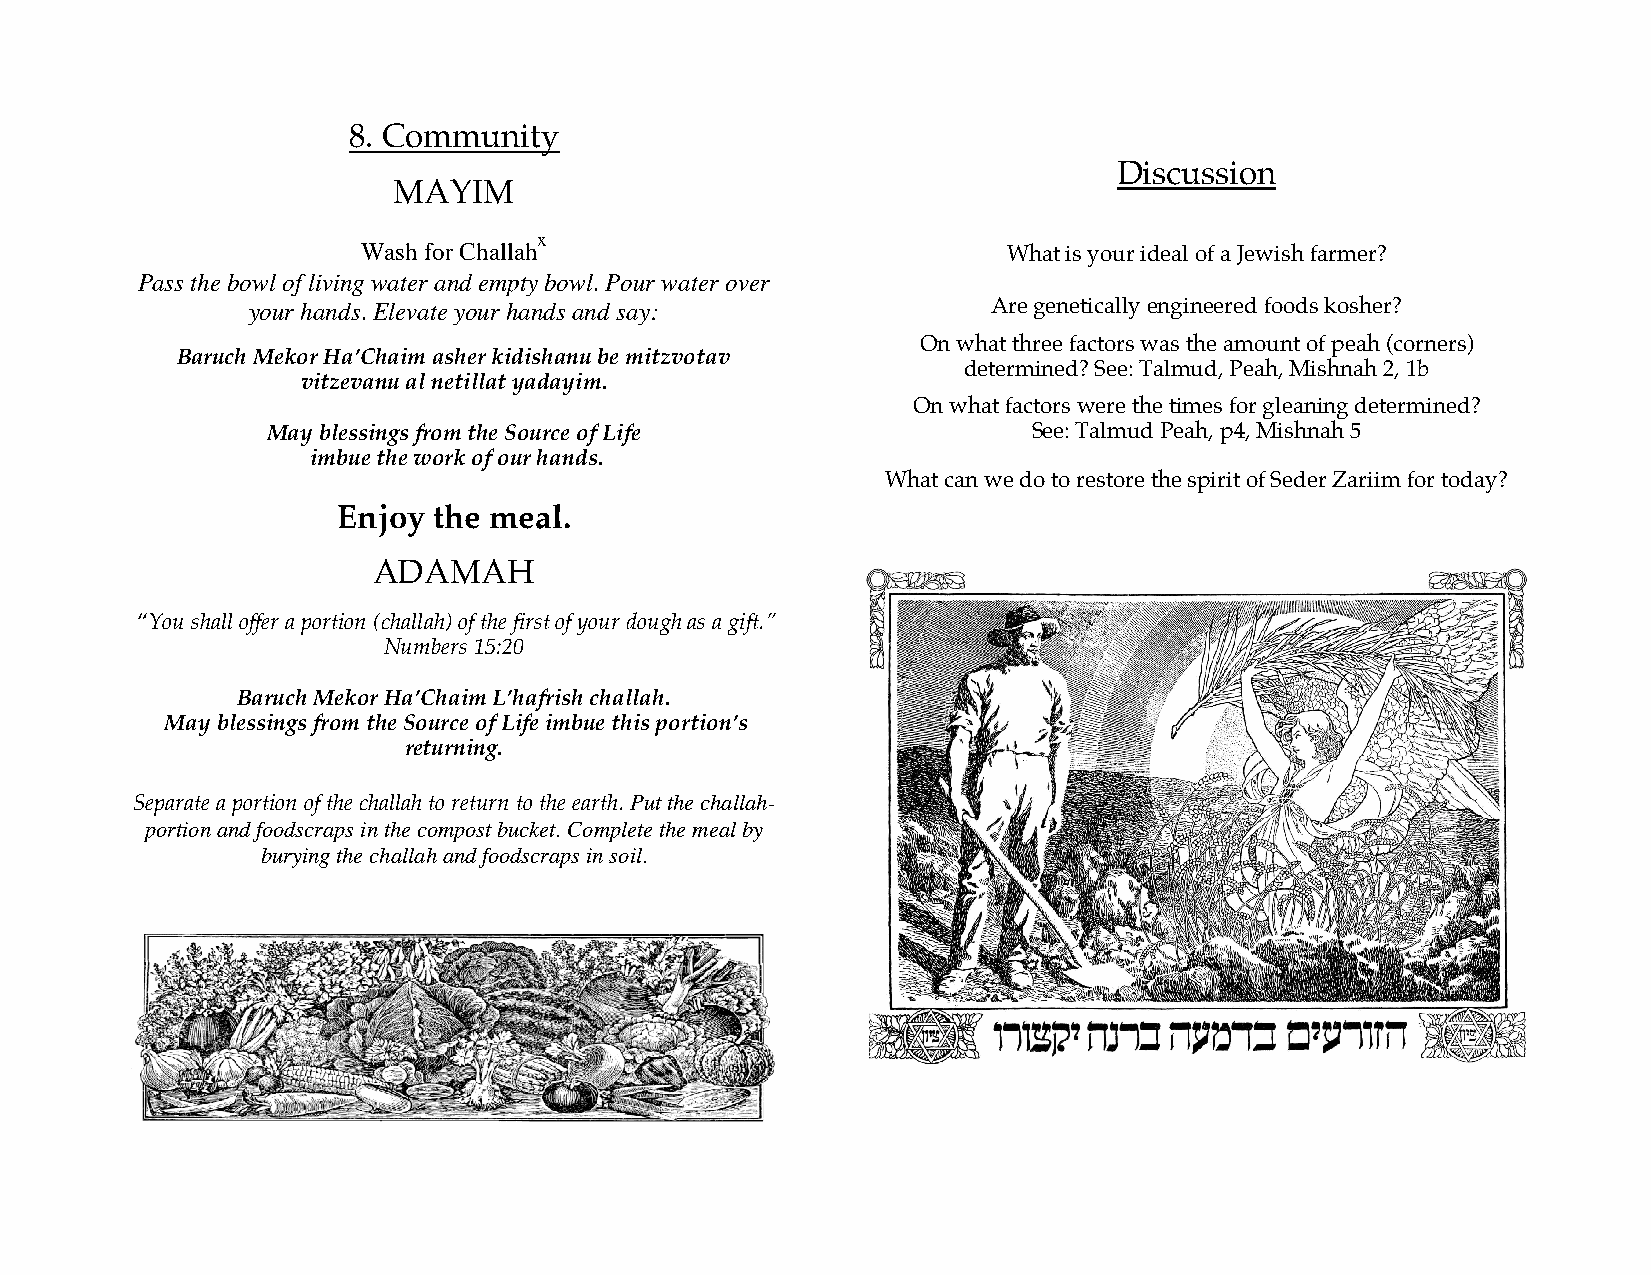
8. Community
 Discussion
 MAYIM
 x
 Wash for Challah                           What is your ideal of a Jewish farmer?
 Pass the bowl of living water and empty bowl. Pour water over
 your hands. Elevate your hands and say:           Are genetically engineered foods kosher?
 On what three factors was the amount of peah (corners)
 Baruch Mekor Ha’Chaim asher kidishanu be mitzvotav
 determined? See: Talmud, Peah, Mishnah 2, 1b
 vitzevanu al netillat yadayim.
 On what factors were the times for gleaning determined?
 May blessings from the Source of Life             See: Talmud Peah, p4, Mishnah 5
 imbue the work of our hands.
 What can we do to restore the spirit of Seder Zariim for today?
 Enjoy  the meal.
 ADAMAH
 “You shall offer a portion (challah) of the first of your dough as a gift.”
 Numbers 15:20
 Baruch Mekor Ha’Chaim L’hafrish challah.
 May blessings from the Source of Life imbue this portion’s
 returning.
 Separate a portion of the challah to return to the earth. Put the challah-
 portion and foodscraps in the compost bucket. Complete the meal by
 burying the challah and foodscraps in soil.